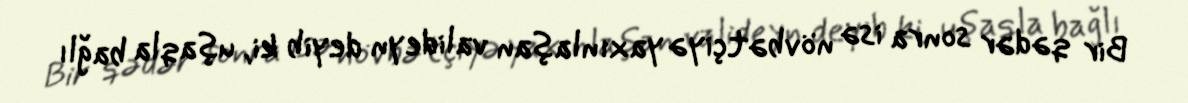
Bir qədər sonra isə növbətçiyə yaxınlaşan valideyn deyib ki, uşaqla bağlı